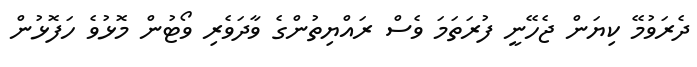
ދެރަވުމޭ ކިޔަން ޖެހޭނީ ފުރަތަމަ ވެސް ރައްޔިތުންގެ ވާދަވެރި ވޯޓުން މޮޅުވެ ހަފޮޅުން